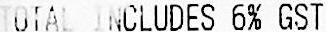
TOTAL INCLUDES 6% GST